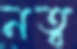
নত্ব